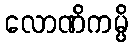
လောဏိကမ္ပိ